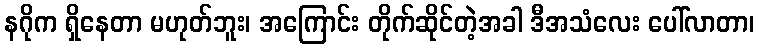
နဂိုက ရှိနေတာ မဟုတ်ဘူး၊ အကြောင်း တိုက်ဆိုင်တဲ့အခါ ဒီအသံလေး ပေါ်လာတာ၊